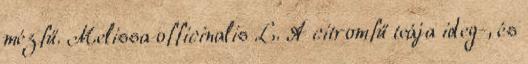
mézfű. Melissa officinalis L. A citromfű teája ideg-, és